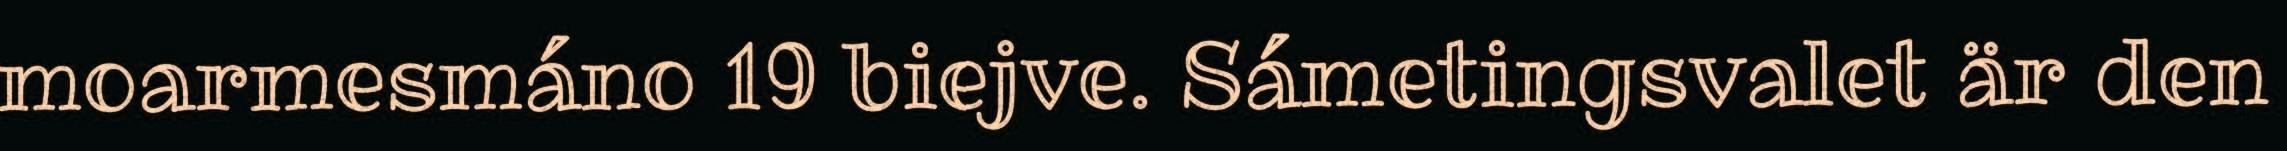
moarmesmáno 19 biejve. Sámetingsvalet är den